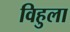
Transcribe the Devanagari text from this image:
विहुला